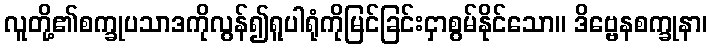
လူတို့၏စက္ခုပသာဒကိုလွန်၍ရူပါရုံကိုမြင်ခြင်းငှာစွမ်နိုင်သော။ ဒိဗ္ဗေနစက္ခုနာ၊